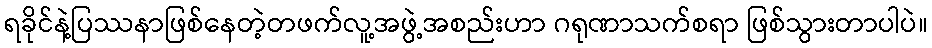
ရခိုင်နဲ့ပြဿနာဖြစ်နေတဲ့တဖက်လူ့အဖွဲ့အစည်းဟာ ဂရုဏာသက်စရာ ဖြစ်သွားတာပါပဲ။